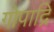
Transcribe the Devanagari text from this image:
गोपाद्रि